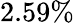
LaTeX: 2.59\%